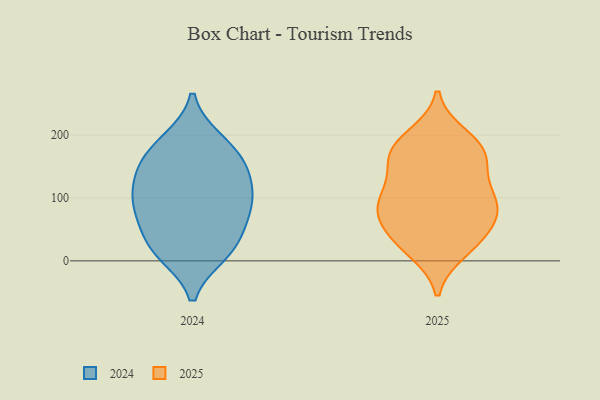
{"axis": {"x": "Revenue (USD Million)", "y": "Value"}, "legend": ["2024", "2025"], "data": [{"x": "", "y": 94, "type": "2024"}, {"x": "", "y": 129, "type": "2024"}, {"x": "", "y": 11, "type": "2024"}, {"x": "", "y": 164, "type": "2024"}, {"x": "", "y": 86, "type": "2024"}, {"x": "", "y": 157, "type": "2024"}, {"x": "", "y": 91, "type": "2024"}, {"x": "", "y": 82, "type": "2024"}, {"x": "", "y": 124, "type": "2024"}, {"x": "", "y": 192, "type": "2024"}, {"x": "", "y": 19, "type": "2024"}, {"x": "", "y": 58, "type": "2024"}, {"x": "", "y": 188, "type": "2024"}, {"x": "", "y": 12, "type": "2024"}, {"x": "", "y": 37, "type": "2024"}, {"x": "", "y": 142, "type": "2024"}, {"x": "", "y": 46, "type": "2025"}, {"x": "", "y": 28, "type": "2025"}, {"x": "", "y": 96, "type": "2025"}, {"x": "", "y": 198, "type": "2025"}, {"x": "", "y": 177, "type": "2025"}, {"x": "", "y": 172, "type": "2025"}, {"x": "", "y": 85, "type": "2025"}, {"x": "", "y": 75, "type": "2025"}, {"x": "", "y": 16, "type": "2025"}, {"x": "", "y": 162, "type": "2025"}, {"x": "", "y": 71, "type": "2025"}, {"x": "", "y": 88, "type": "2025"}, {"x": "", "y": 102, "type": "2025"}, {"x": "", "y": 30, "type": "2025"}, {"x": "", "y": 184, "type": "2025"}, {"x": "", "y": 153, "type": "2025"}, {"x": "", "y": 122, "type": "2025"}]}